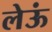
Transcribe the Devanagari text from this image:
लेऊं